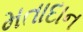
મતાદાન